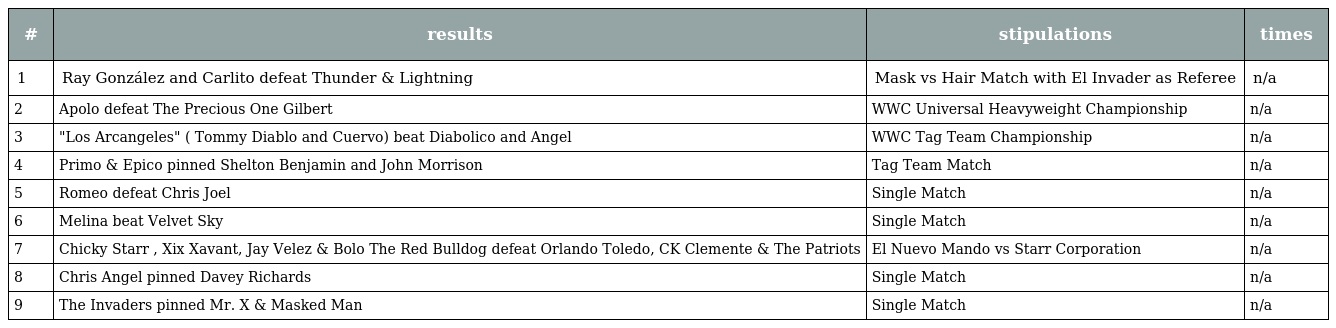
| # | results | stipulations | times |
 | --- | --- | --- | --- |
 | 1 | Ray González and Carlito defeat Thunder & Lightning | Mask vs Hair Match with El Invader as Referee | n/a |
 | 2 | Apolo defeat The Precious One Gilbert | WWC Universal Heavyweight Championship | n/a |
 | 3 | "Los Arcangeles" ( Tommy Diablo and Cuervo) beat Diabolico and Angel | WWC Tag Team Championship | n/a |
 | 4 | Primo & Epico pinned Shelton Benjamin and John Morrison | Tag Team Match | n/a |
 | 5 | Romeo defeat Chris Joel | Single Match | n/a |
 | 6 | Melina beat Velvet Sky | Single Match | n/a |
 | 7 | Chicky Starr , Xix Xavant, Jay Velez & Bolo The Red Bulldog defeat Orlando Toledo, CK Clemente & The Patriots | El Nuevo Mando vs Starr Corporation | n/a |
 | 8 | Chris Angel pinned Davey Richards | Single Match | n/a |
 | 9 | The Invaders pinned Mr. X & Masked Man | Single Match | n/a |